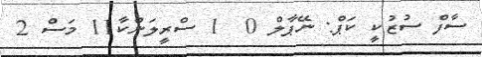
ސާފް ސުޒުކީ ކަޕް: ނޭޕާލް 0  1 ސްރީލަންކާ11 މަސް 2